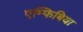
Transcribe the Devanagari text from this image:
एम्फिबिया